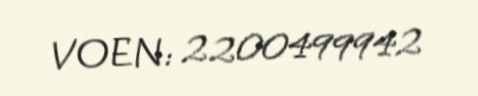
VOEN: 2200499942